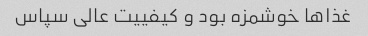
غذا‌ها خوشمزه بود و کیفییت عالی سپاس